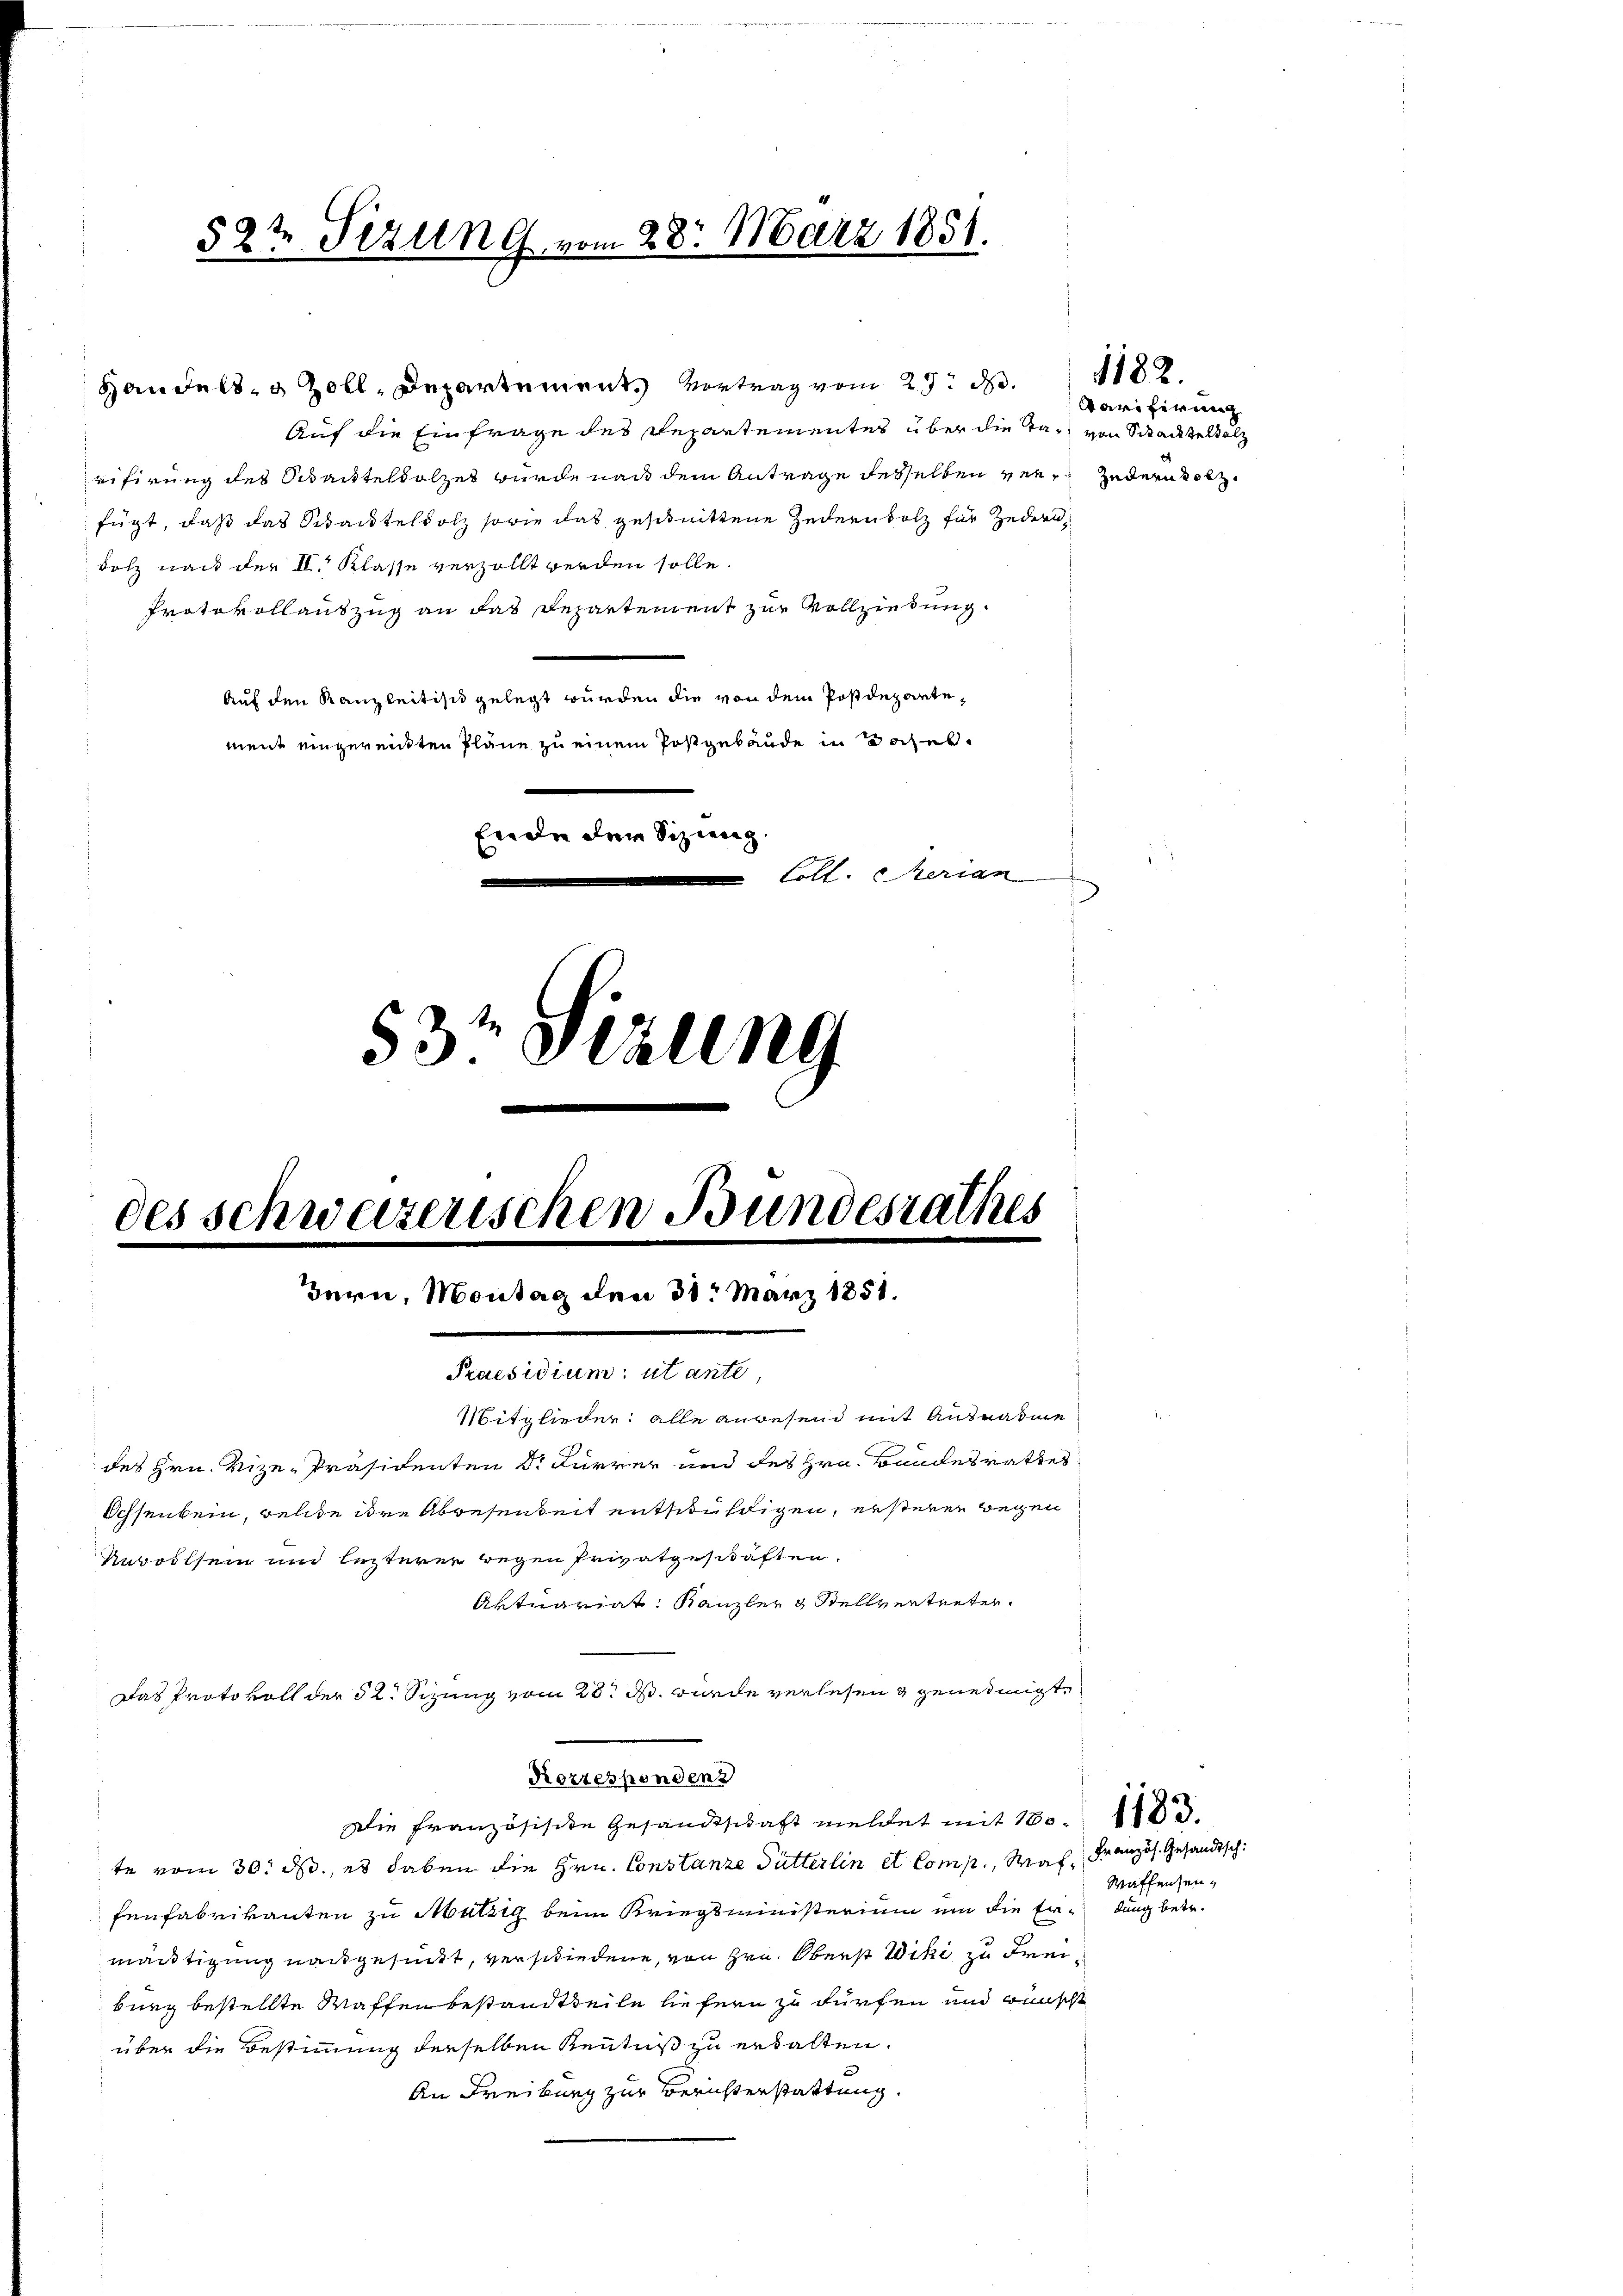
52½ Sizung vom 28. März 1851.

Handelt, Zoll, Departement Vertrag vom 27. d.
Auf die Einfrage des Departementes über die Tag von Stackelsalz
rifirung des Schautelholzes wurde nach dem Antrage desselben ver¬ jedern Bolz
fügt, daß das Standtelholz sowie das geschnittene Zedernholz für jedern
dolz nach der II. Klasse verzollt werden solle.
Protokollauszug an das Departement zur Vollziehung
Auf den Kanzleitisch gelegt wurden die von dem Postdepartement eingereiten Pläne zu einem Postgebäude in Sachel¬
Ende der Sizig
Coll. Serian
53 Sizung

des schweizerischen Bundesrathes
Bern, Montag den 31t März 1851.
Praesidium utante,
Mitglieder: alle Anwesend mit Ausnahme
des Hrn. Vize-Präsidenten d. Furrer und des Hrn. Bandesrathes
Ochsenkein, welche ihre Abwesenkeit entschuldigen, ersteren wegen
Ruvollsein und lezterer wegen Privatgeschäften.
Aktuariat Kanzler & Stellvertreten.

te vom 30. ds., es haben die Hrn. Constanze Futterlin et Comp., Was Französ. Gesandtsch.
Waffensenfenfabrikanten zu Mützig beim Kriegsministerium um die Erdung betr.
mächtigung nachgesundt, verschiedene, von Hrn. Oberst Wiki, zu Freiburg bestellte Waffenbestandtheile liefern zu dürfen und wünscht
über die Bestimmung derselben Kenntniß zu erkalten.
An Freiburg zur Berichterstattung.

Korrespondenz
Die Französische Gesandtschaft meldet mit 180. 1103.

Das Protokoll der 52. Sizung vom 28t J. wurde verlesen genehmigte

Tarifirung

1182.